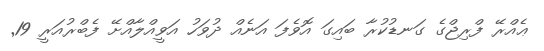
ޢެއްރޭ ފްރިޖްގެ ގަނޑުކުރާ ބައިގަ އޮވެފަ އަނެއް ދުވަހު އަވީއްލާއްށޭ ފެބްރުއަރީ 19